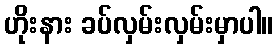
ဟိုးနား ခပ်လှမ်းလှမ်းမှာပါ။